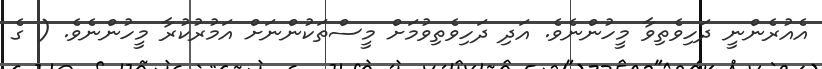
އެއުރެންނީ ދަހިވެތިވާ މީހުންނެވެ. އަދި ދަހިވެތިވުމަށް މީސްތަކުންނަށް އަމުރުކުރާ މީހުންނެވެ. ( ގެ